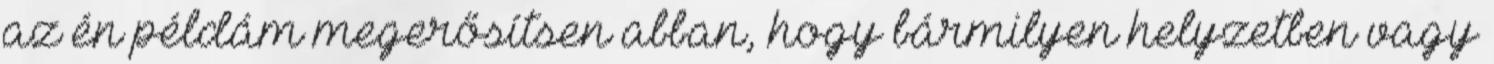
az én példám megerősítsen abban, hogy bármilyen helyzetben vagy